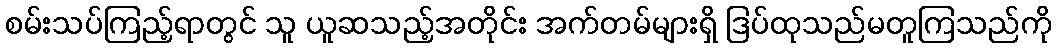
စမ်းသပ်ကြည့်ရာတွင် သူ ယူဆသည့်အတိုင်း အက်တမ်များရှိ ဒြပ်ထုသည်မတူကြသည်ကို